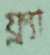
ফ্ল্যা